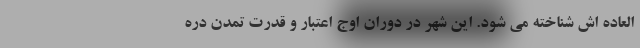
العاده اش شناخته می شود. این شهر در دوران اوج اعتبار و قدرت تمدن دره